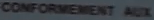
CONFORMEMENT AUX